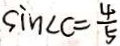
\sin \angle C = \frac { 4 } { 5 }